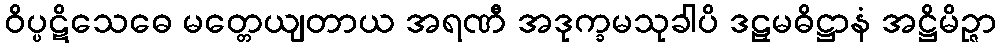
ဝိပ္ပဋိသေဓေ မတ္တေယျတာယ အရဏီ အဒုက္ခမသုခါပိ ဒဠှမဓိဋ္ဌာနံ အဋ္ဌိမိဉ္ဇာ